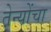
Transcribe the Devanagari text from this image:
तेन्योंचा